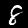
Label: 8